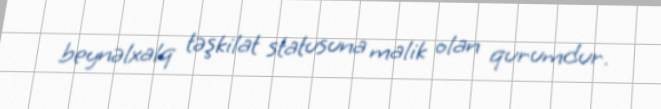
beynəlxalq təşkilat statusuna malik olan qurumdur.